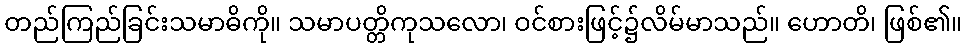
တည်ကြည်ခြင်းသမာဓိကို။ သမာပတ္တိကုသလော၊ ဝင်စားဖြင့်၌လိမ်မာသည်။ ဟောတိ၊ ဖြစ်၏။